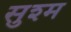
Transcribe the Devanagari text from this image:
सुश्म